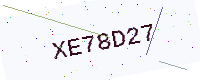
Text: XE78D27